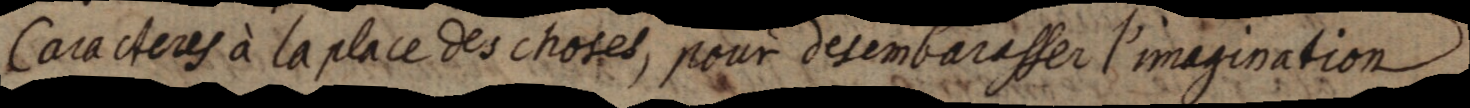
Cacacteres à la place des choses, pour desembarasser l’imagination